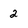
Character: 2